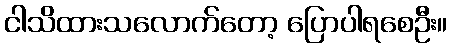
ငါသိထားသလောက်တော့ ပြောပါရစေဦး။